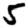
Digit: 5